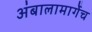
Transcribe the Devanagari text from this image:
अंबालामार्गेच